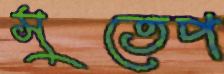
সুতেপ